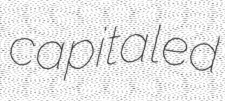
capitaled